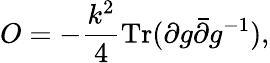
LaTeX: O=-{\frac{k^{2}}{4}}\mathrm{Tr}(\partial g\bar{\partial}g^{-1}),